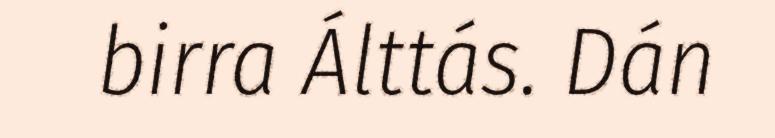
birra Álttás. Dán